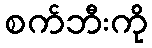
စက်ဘီးကို